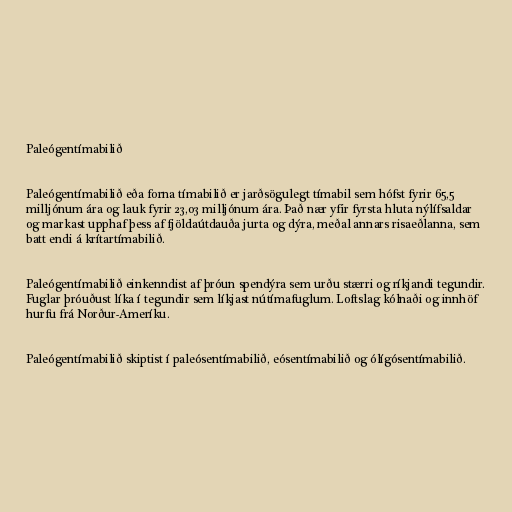
Paleógentímabilið

Paleógentímabilið eða forna tímabilið er jarðsögulegt tímabil sem hófst fyrir 65,5
milljónum ára og lauk fyrir 23,03 milljónum ára. Það nær yfir fyrsta hluta nýlífsaldar
og markast upphaf þess af fjöldaútdauða jurta og dýra, meðal annars risaeðlanna, sem
batt endi á krítartímabilið.

Paleógentímabilið einkenndist af þróun spendýra sem urðu stærri og ríkjandi tegundir.
Fuglar þróuðust líka í tegundir sem líkjast nútímafuglum. Loftslag kólnaði og innhöf
hurfu frá Norður-Ameríku.

Paleógentímabilið skiptist í paleósentímabilið, eósentímabilið og ólígósentímabilið.